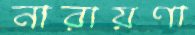
নারায়ণা